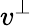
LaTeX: v^{\perp}